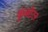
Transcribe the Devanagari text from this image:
कुंक्टेटर